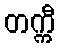
တက္ကီ